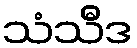
သံသီဒ